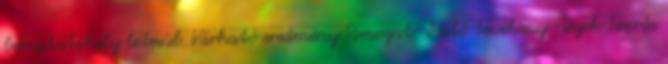
bemutatóhely létesül. Várható eredmény Támogat- ható tevékeny- ségek Forrás